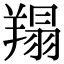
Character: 𦎲